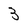
Character: 3